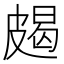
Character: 𱲅